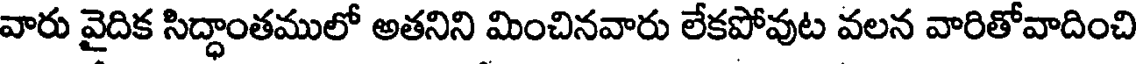
వారు వైదిక సిద్ధాంతములో అతనిని మించినవారు లేకపోవుట వలన వారితోవాదించి